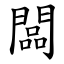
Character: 闆